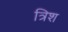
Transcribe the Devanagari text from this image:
त्रिश